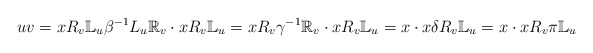
\begin{align*}uv=xR_v\mathbb{L}_u\beta^{-1}L_u\mathbb{R}_v\cdot xR_v\mathbb{L}_u=xR_v\gamma^{-1}\mathbb{R}_v\cdot xR_v\mathbb{L}_u=x\cdot x\delta R_v\mathbb{L}_u=x\cdot xR_v\pi\mathbb{L}_u\end{align*}